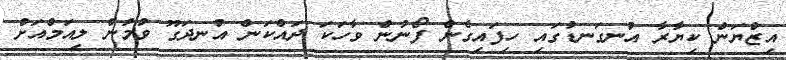
އިޒްޔަން ކިޔާރާ އުނގަނޑުގައި ހިފައިގެން ފޯނުން ވާހަކަ ދައްކަން އުނދަގޫ ވުމުން ލިއަމްއަށް